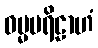
ဓမ္မပရိဠာဟံ